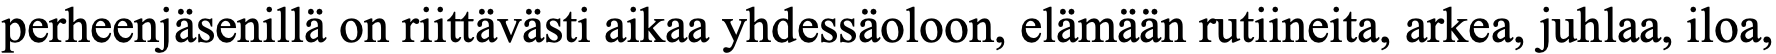
perheenjäsenillä on riittävästi aikaa yhdessäoloon, elämään rutiineita, arkea, juhlaa, iloa,